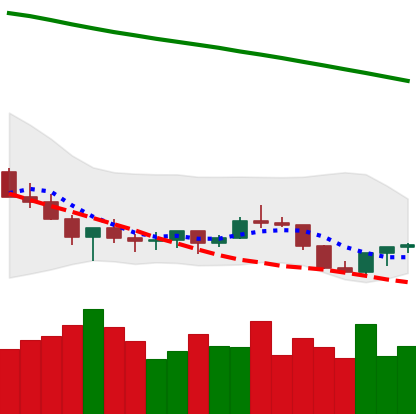
Ticker: XLM-USD
Chart end date: 2022-07-15
Forward return: 4.161%
Label: up_3_5